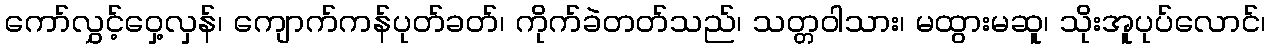
ကော်လွှင့်ဝှေ့လှန်၊ ကျောက်ကန်ပုတ်ခတ်၊ ကိုက်ခဲတတ်သည်၊ သတ္တဝါသား၊ မထွားမဆူ၊ သိုးအူပုပ်လောင်၊